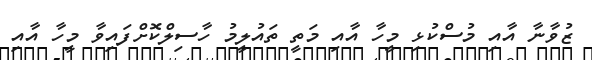
ޒުވާނާ އާއި މުސްކުޅި މީހާ އާއި މަތީ ތައުލީމު ހާސިލްކޮށްފައިވާ މީހާ އާއި